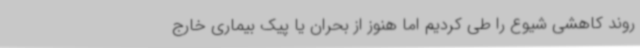
روند کاهشی شیوع را طی کردیم اما هنوز از بحران یا پیک بیماری خارج